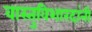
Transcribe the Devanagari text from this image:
वास्तुविशारदांनी